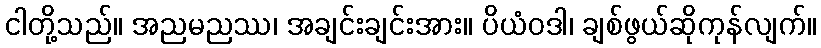
ငါတို့သည်။ အညမညဿ၊ အချင်းချင်းအား။ ပိယံဝဒါ၊ ချစ်ဖွယ်ဆိုကုန်လျက်။